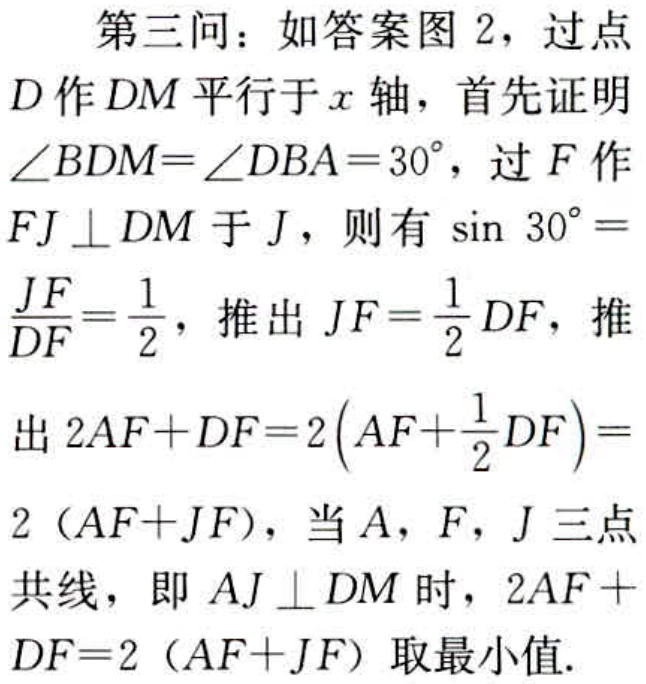
第三问：如答案图 2，过点
\(D\)作\(DM\)平行于\(x\)轴，首先证明
\(\angle BDM = \angle DBA = 30^{\circ}\)，过\(F\)作
\(FJ\perp DM\)于\(J\)，则有\(\sin 30^{\circ}=
\frac{JF}{DF}=\frac{1}{2}\)，推出\(JF = \frac{1}{2}DF\)，推
出\(2AF + DF = 2\left(AF+\frac{1}{2}DF\right)=
2 (AF + JF)\)，当\(A,F,J\)三点
共线，即\(AJ\perp DM\)时，\(2AF +
DF = 2 (AF + JF)\)取最小值.